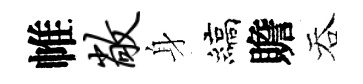
帷敞身縞贍吞